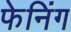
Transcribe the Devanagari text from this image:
फेनिंग